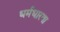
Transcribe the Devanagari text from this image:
धर्मधारणा